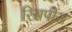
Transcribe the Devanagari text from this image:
रिसपोंस